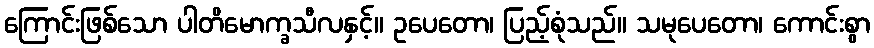
ကြောင်းဖြစ်သော ပါတိမောက္ခသီလနှင့်။ ဥပေတော၊ ပြည့်စုံသည်။ သမုပေတော၊ ကောင်းစွာ